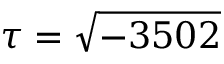
\tau = { \sqrt { - 3 5 0 2 } }